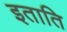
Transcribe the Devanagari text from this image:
इताति